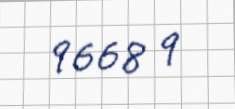
9668 q